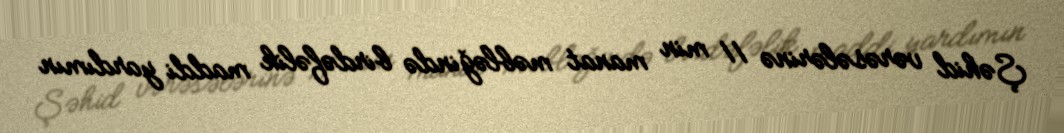
Şəhid vərəsələrinə 11 min manat məbləğində birdəfəlik maddi yardımın